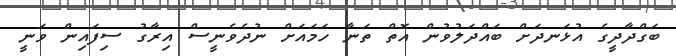
ބަގްދާދީގެ އުޅަނދަށް ބައްދަލުވުން އޮތް ތަނާ ހަމައަށް ނުދެވެނީސް އިރާގު ސިފައިން ވަނީ